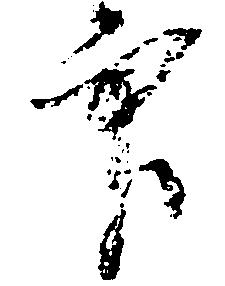
印